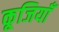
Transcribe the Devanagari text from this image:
कूजियाँ